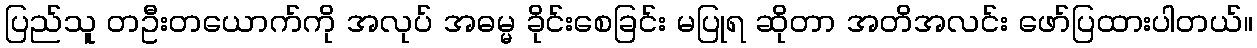
ပြည်သူ တဦးတယောက်ကို အလုပ် အဓမ္မ ခိုင်းစေခြင်း မပြုရ ဆိုတာ အတိအလင်း ဖော်ပြထားပါတယ်။